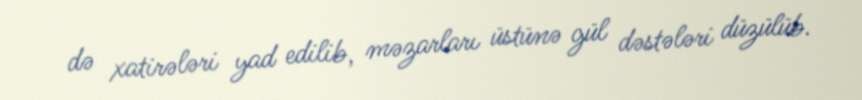
də xatirələri yad edilib, məzarları üstünə gül dəstələri düzülüb.